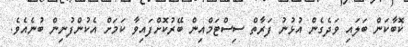
ކޮބާކަން ބަލައި ވަދެގެން އުޅުނު ފަރާތް ސިސްޓަމްއިން ބޭރުކޮށްފައިވާ ކަމަށް އެކުންފުނިން ބުނެއެވެ.